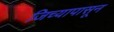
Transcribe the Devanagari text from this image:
जिच्यापासून